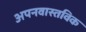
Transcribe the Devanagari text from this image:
अपनवास्तविक